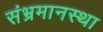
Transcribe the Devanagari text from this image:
संभ्रमानस्था